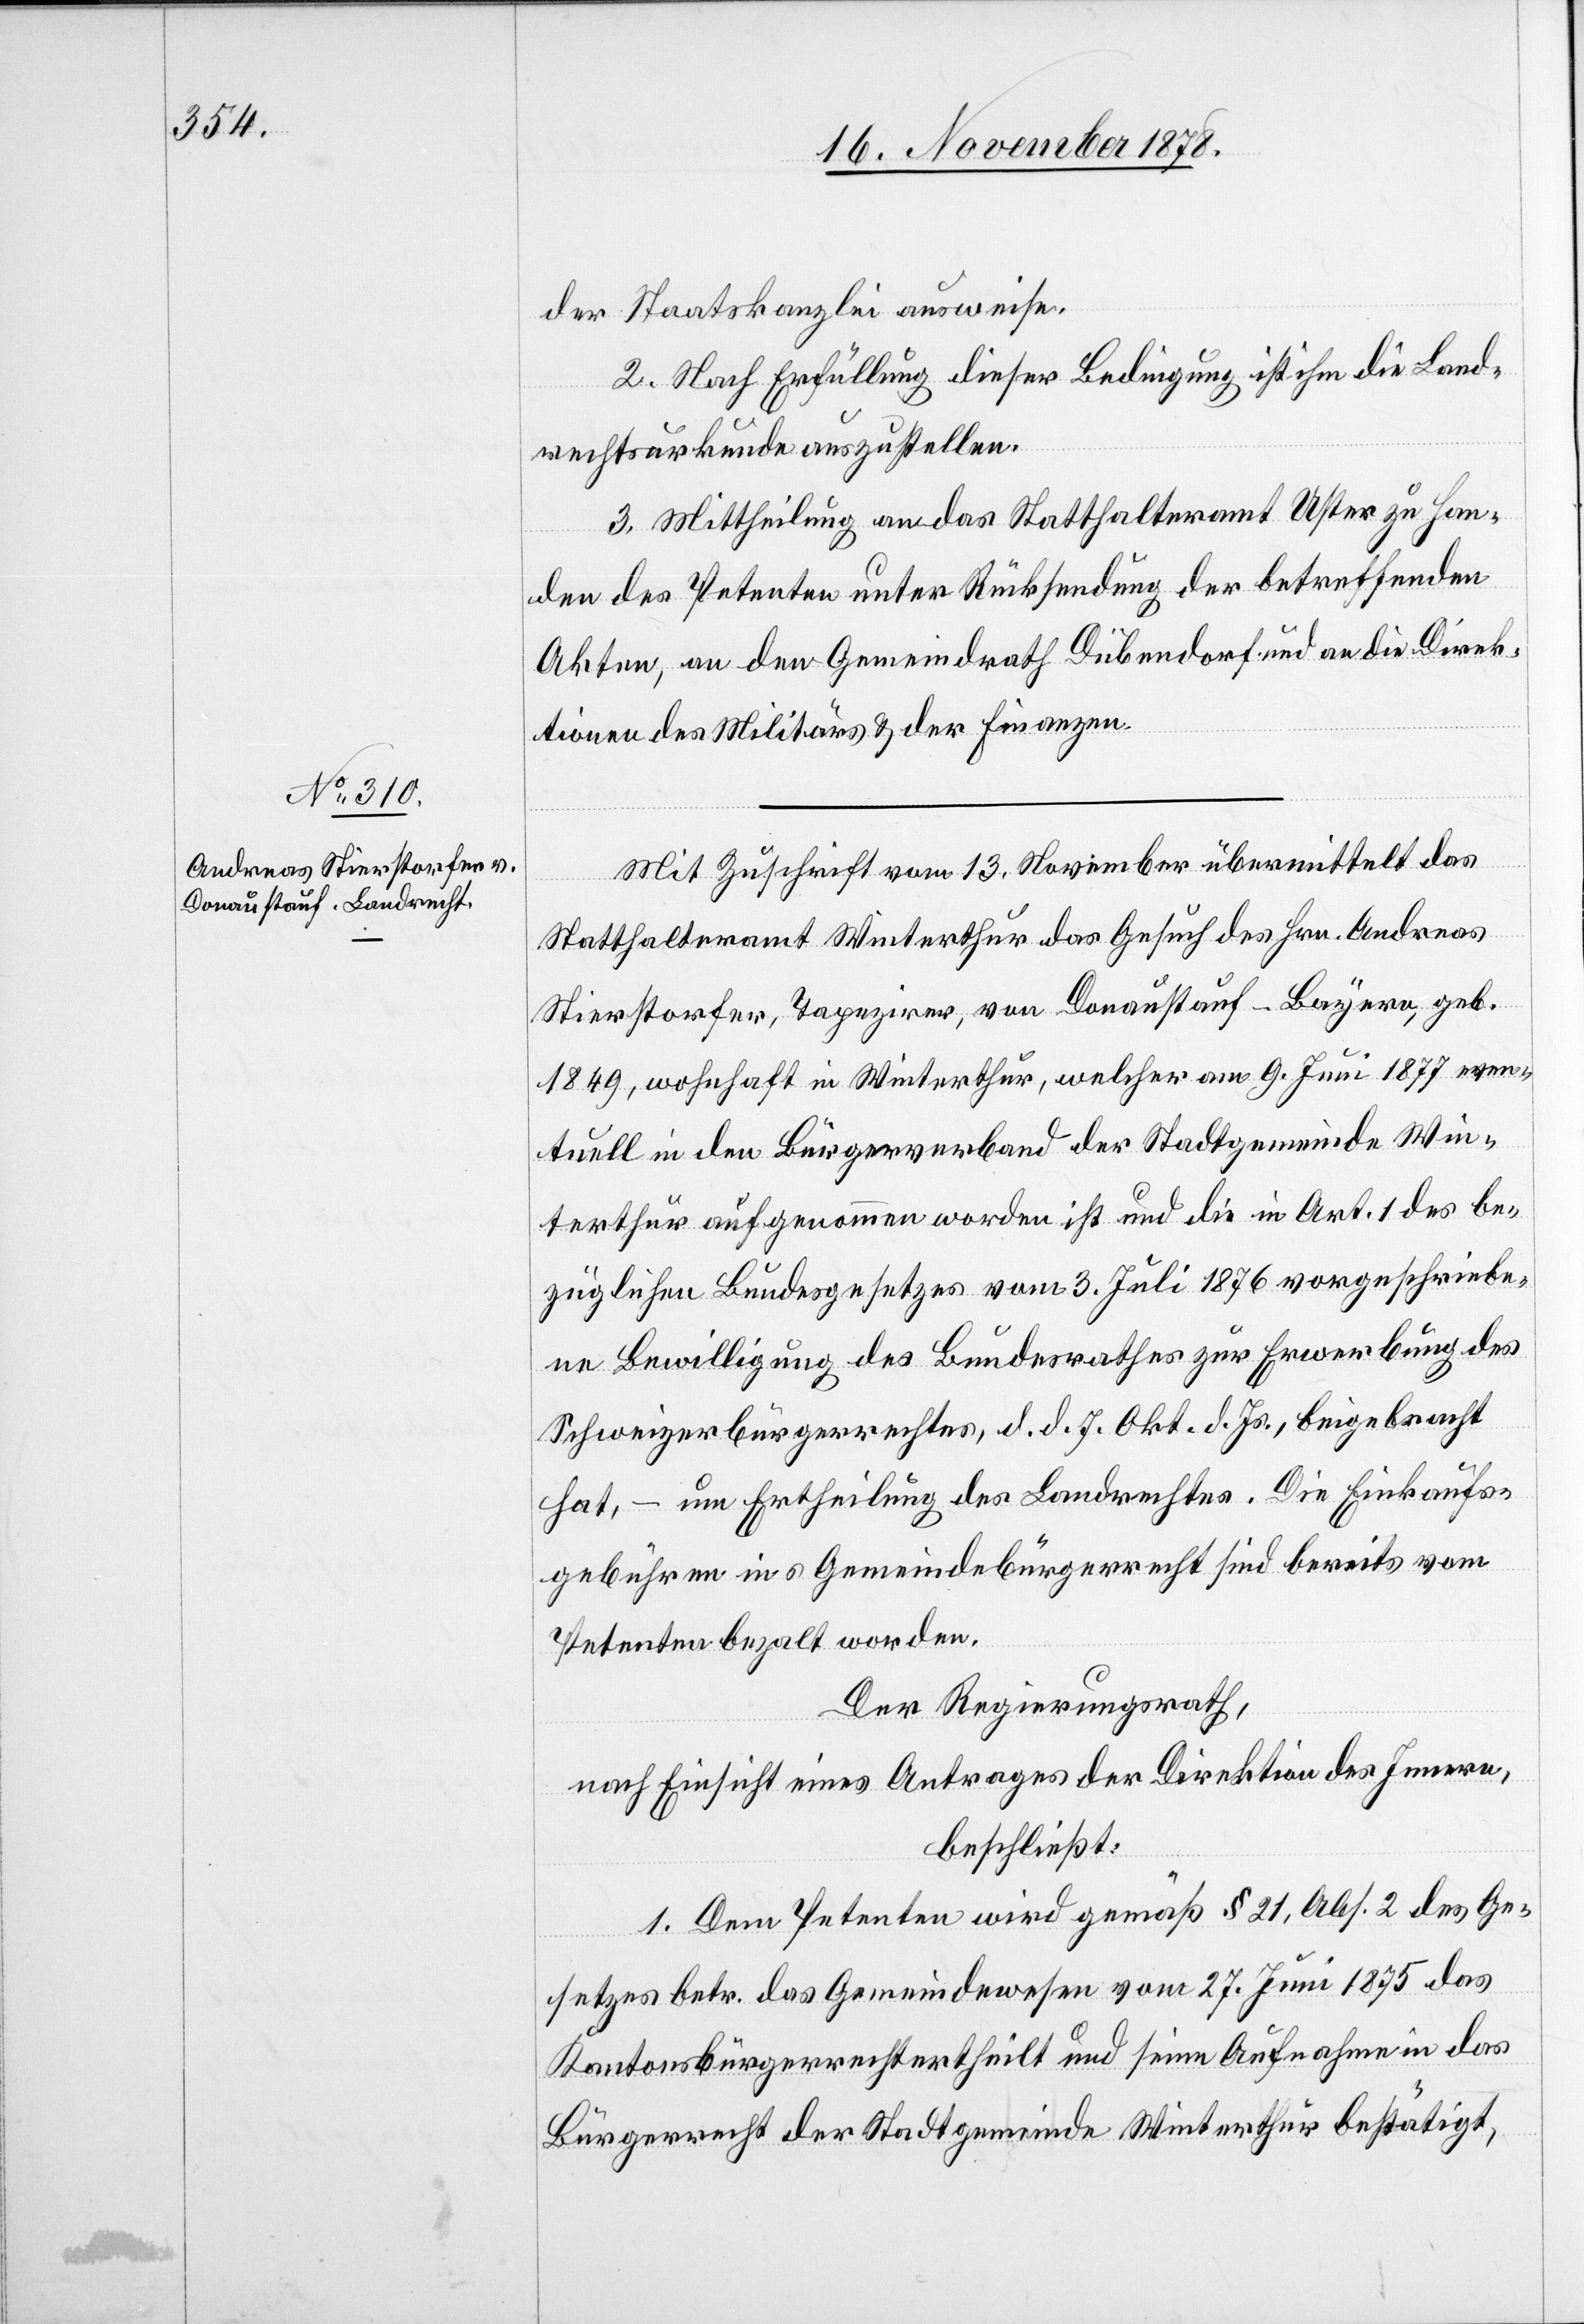
der Staatskanzlei ausweise.
2. Nach Erfüllung dieser Bedingung ist ihm die Land¬
rechtsurkunde auszustellen.
3. Mittheilung an das Statthalteramt Uster zu Han¬
den des Petenten unter Rücksendung der betreffenden
Akten, an den Gemeindrath Dübendorf und an die Direk¬
tionen des Militärs & der Finanzen.
Mit Zuschrift vom 13. November übermittelt das
Statthalteramt Winterthur das Gesuch des Hrn. Andreas
Stierstorfer, Tapezirer, von Donaustauf - Bayern, geb.
1849, wohnhaft in Winterthur, welcher am 9. Juni 1877 even¬
tuell in den Bürgerverband der Stadtgemeinde Win¬
terthur aufgenommen worden ist und die in Art. 1 des be¬
züglichen Bundesgesetzes vom 3. Juli 1876 vorgeschriebe¬
ne Bewilligung des Bundesrathes zur Erwerbung des
Schweizerbürgerrechtes, d. d. 7. Okt. d. Js., beigebracht
hat, – um Ertheilung des Landrechtes. Die Einkaufs¬
gebühren ins Gemeindebürgerrecht sind bereits vom
Petenten bezahlt worden.
Der Regierungsrath,
nach Einsicht eines Antrages der Direktion des Innern,
beschließt:
1. Dem Petenten wird gemäß § 21, Abs. 2 des Ge¬
setzes betr. das Gemeindewesen vom 27. Juni 1875 das
Kantonsbürgerrecht ertheilt und seine Aufnahme in das
Bürgerrecht der Stadtgemeinde Winterthur bestätigt,